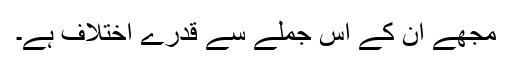
مجھے ان کے اس جملے سے قدرے اختلاف ہے۔